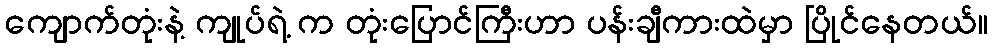
ကျောက်တုံးနဲ့ ကျုပ်ရဲ့ က တုံးပြောင်ကြီးဟာ ပန်းချီကားထဲမှာ ပြိုင်နေတယ်။